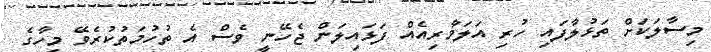
މިސާލަކަށް ތަޅުލާފައި ހުރި އަލަމާރިއެއް ފަޅައިލަން ޖެހޭނީ ވެސް އެ ތުހުމަތުކުރެވޭ މީހާގެ